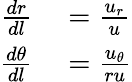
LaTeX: \begin{array}{rl}{\frac{dr}{dl}}&{{}=\frac{u_{r}}{u}}\\ {\frac{d\theta}{dl}}&{{}=\frac{u_{\theta}}{ru}}\end{array}